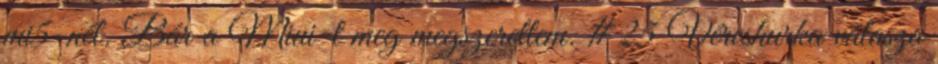
mi5-nél. Bár a Miui-t meg megszerettem. #25 Véreshurka válasza